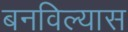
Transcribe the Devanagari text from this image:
बनविल्यास